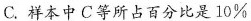
C.样本中C等所占百分比是10\%